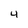
Character: 4